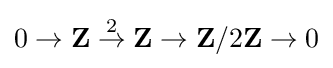
0\to \mathbf {Z} \mathrel {\stackrel {2}{\to }} \mathbf {Z} \to \mathbf {Z} /2\mathbf {Z} \to 0